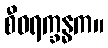
စီဝရက္ခန္ဓက။